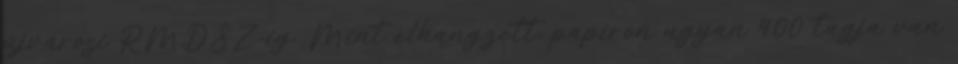
újvárosi RMDSZ-ig. Mint elhangzott, papíron ugyan 400 tagja van